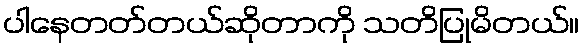
ပါနေတတ်တယ်ဆိုတာကို သတိပြုမိတယ်။